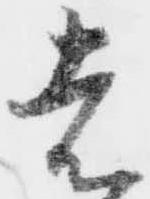
者